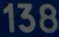
138